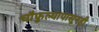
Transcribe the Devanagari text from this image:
चौफुल्यापासूनही